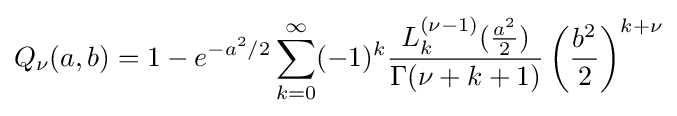
Q_{\nu }(a,b)=1-e^{-a^{2}/2}\sum _{k=0}^{\infty }(-1)^{k}{\frac {L_{k}^{(\nu -1)}({\frac {a^{2}}{2}})}{\Gamma (\nu +k+1)}}\left({\frac {b^{2}}{2}}\right)^{k+\nu }